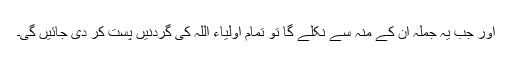
اور جب یہ جملہ ان کے منہ سے نکلے گا تو تمام اولیاء اللہ کی گردنیں پست کر دی جائیں گی۔